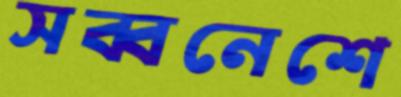
সব্বনেশে